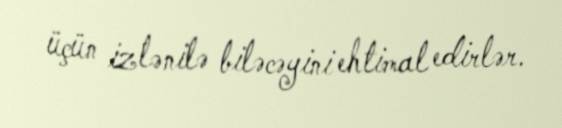
üçün izlənilə biləcəyini ehtimal edirlər.